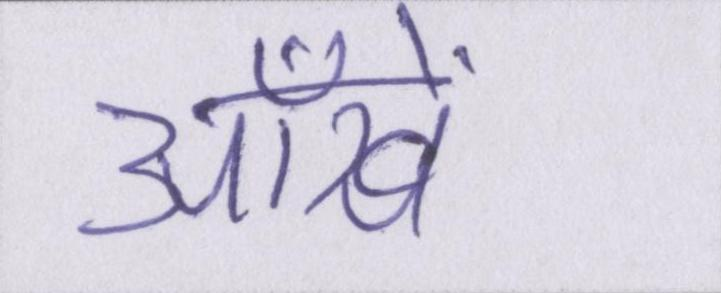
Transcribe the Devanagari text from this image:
आँखें।